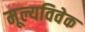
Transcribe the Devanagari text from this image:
मूल्यविवेक